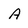
Character: A